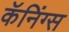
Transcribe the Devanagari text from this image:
कॅनिंग्स